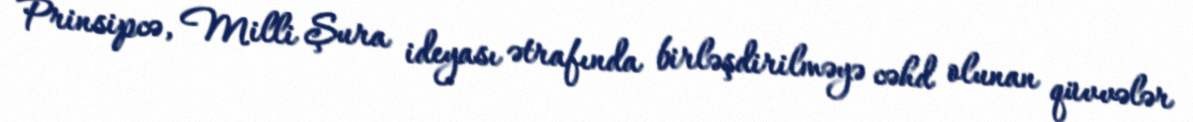
Prinsipcə, Milli Şura ideyası ətrafında birləşdirilməyə cəhd olunan qüvvələr